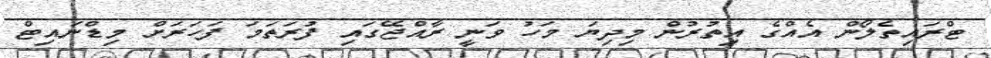
ޓްރައިތެލޯން އެއްގެ އިތުރުން މިދިޔަ މަހު ވަނީ ރާއްޖޭގައި ފުރަތަމަ ފަހަރަށް މިޑްނައިޓް